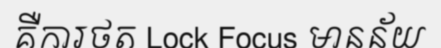
គឺការថត Lock Focus មានន័យ